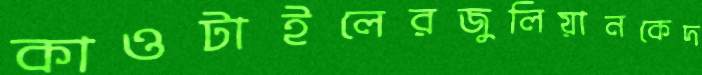
কাওটাইলেরজুলিয়ানকেদ